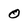
Character: o